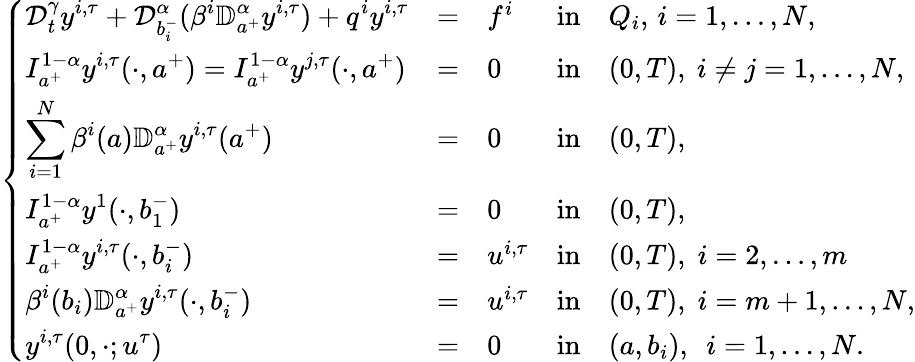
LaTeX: \left\{ \begin{array}{lllllllllllllllll}{\displaystyle{\mathcal D}_{t}^{\gamma}y^{i,\tau}+\mathcal{D}_{b_{i}^{-}}^{\alpha}(\beta^{i}\mathbb{D}_{a^{+}}^{\alpha}y^{i,\tau})+q^{i}y^{i,\tau}}&{=}&{f^{i}}&{\mathrm{in}}&{Q_{i},\, i=1,\dots,N,}\\ {\displaystyle I_{a^{+}}^{1-\alpha}y^{i,\tau}(\cdot,a^{+})=I_{a^{+}}^{1-\alpha}y^{j,\tau}(\cdot,a^{+})}&{=}&{0}&{\mathrm{in}}&{(0,T),~i\neq j=1,\dots,N,}\\ {\displaystyle\sum_{i=1}^{N}\beta^{i}(a)\mathbb{D}_{a^{+}}^{\alpha}y^{i,\tau}(a^{+})}&{=}&{0}&{\mathrm{in}}&{(0,T),}\\ {\displaystyle I_{a^{+}}^{1-\alpha}y^{1}(\cdot,b_{1}^{-})}&{=}&{0}&{\mathrm{in}}&{(0,T),}\\ {\displaystyle I_{a^{+}}^{1-\alpha}y^{i,\tau}(\cdot,b_{i}^{-})}&{=}&{u^{i,\tau}}&{\mathrm{in}}&{(0,T),\; i=2,\dots,m}\\ {\displaystyle\beta^{i}(b_{i})\mathbb{D}_{a^{+}}^{\alpha}y^{i,\tau}(\cdot,b_{i}^{-})}&{=}&{u^{i,\tau}}&{\mathrm{in}}&{(0,T),\; i=m+1,\dots,N,}\\ {\displaystyle y^{i,\tau}(0,\cdot;u^{\tau})}&{=}&{0}&{\mathrm{in}}&{(a,b_{i}),~~i=1,\dots,N.}\end{array}\right.